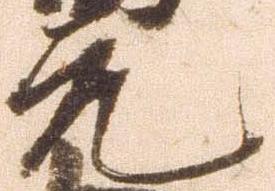
元